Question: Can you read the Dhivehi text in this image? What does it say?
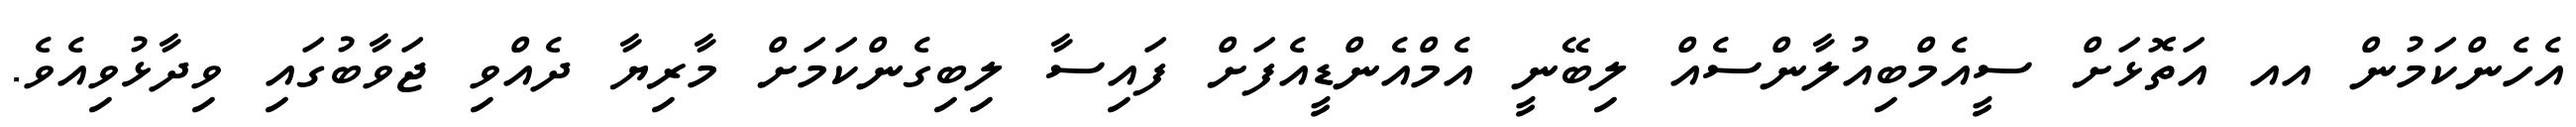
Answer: އެހެންކަމުން އއ އަތޮޅަށް ސީއެމްބިއުލާންސެއް ލިބޭނީ އެމްއެންޑީއެފަށް ފައިސާ ލިބިގެންކަމަށް މާރިޔާ ދެއްވި ޖަވާބުގައި ވިދާޅުވިއެވެ.